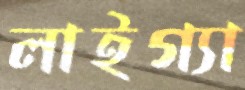
লাইগ্যা